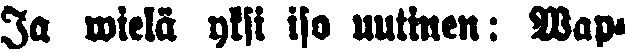
Ja wielä yksi iso uutinen: Wap-